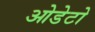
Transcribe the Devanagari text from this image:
ओडेटो